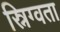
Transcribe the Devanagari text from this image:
स्निग्वता